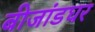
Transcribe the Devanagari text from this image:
बीजांडघर